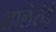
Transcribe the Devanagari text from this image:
शार्लेरोई